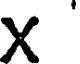
x